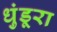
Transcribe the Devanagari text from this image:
धुंडूरा